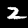
Digit: 2